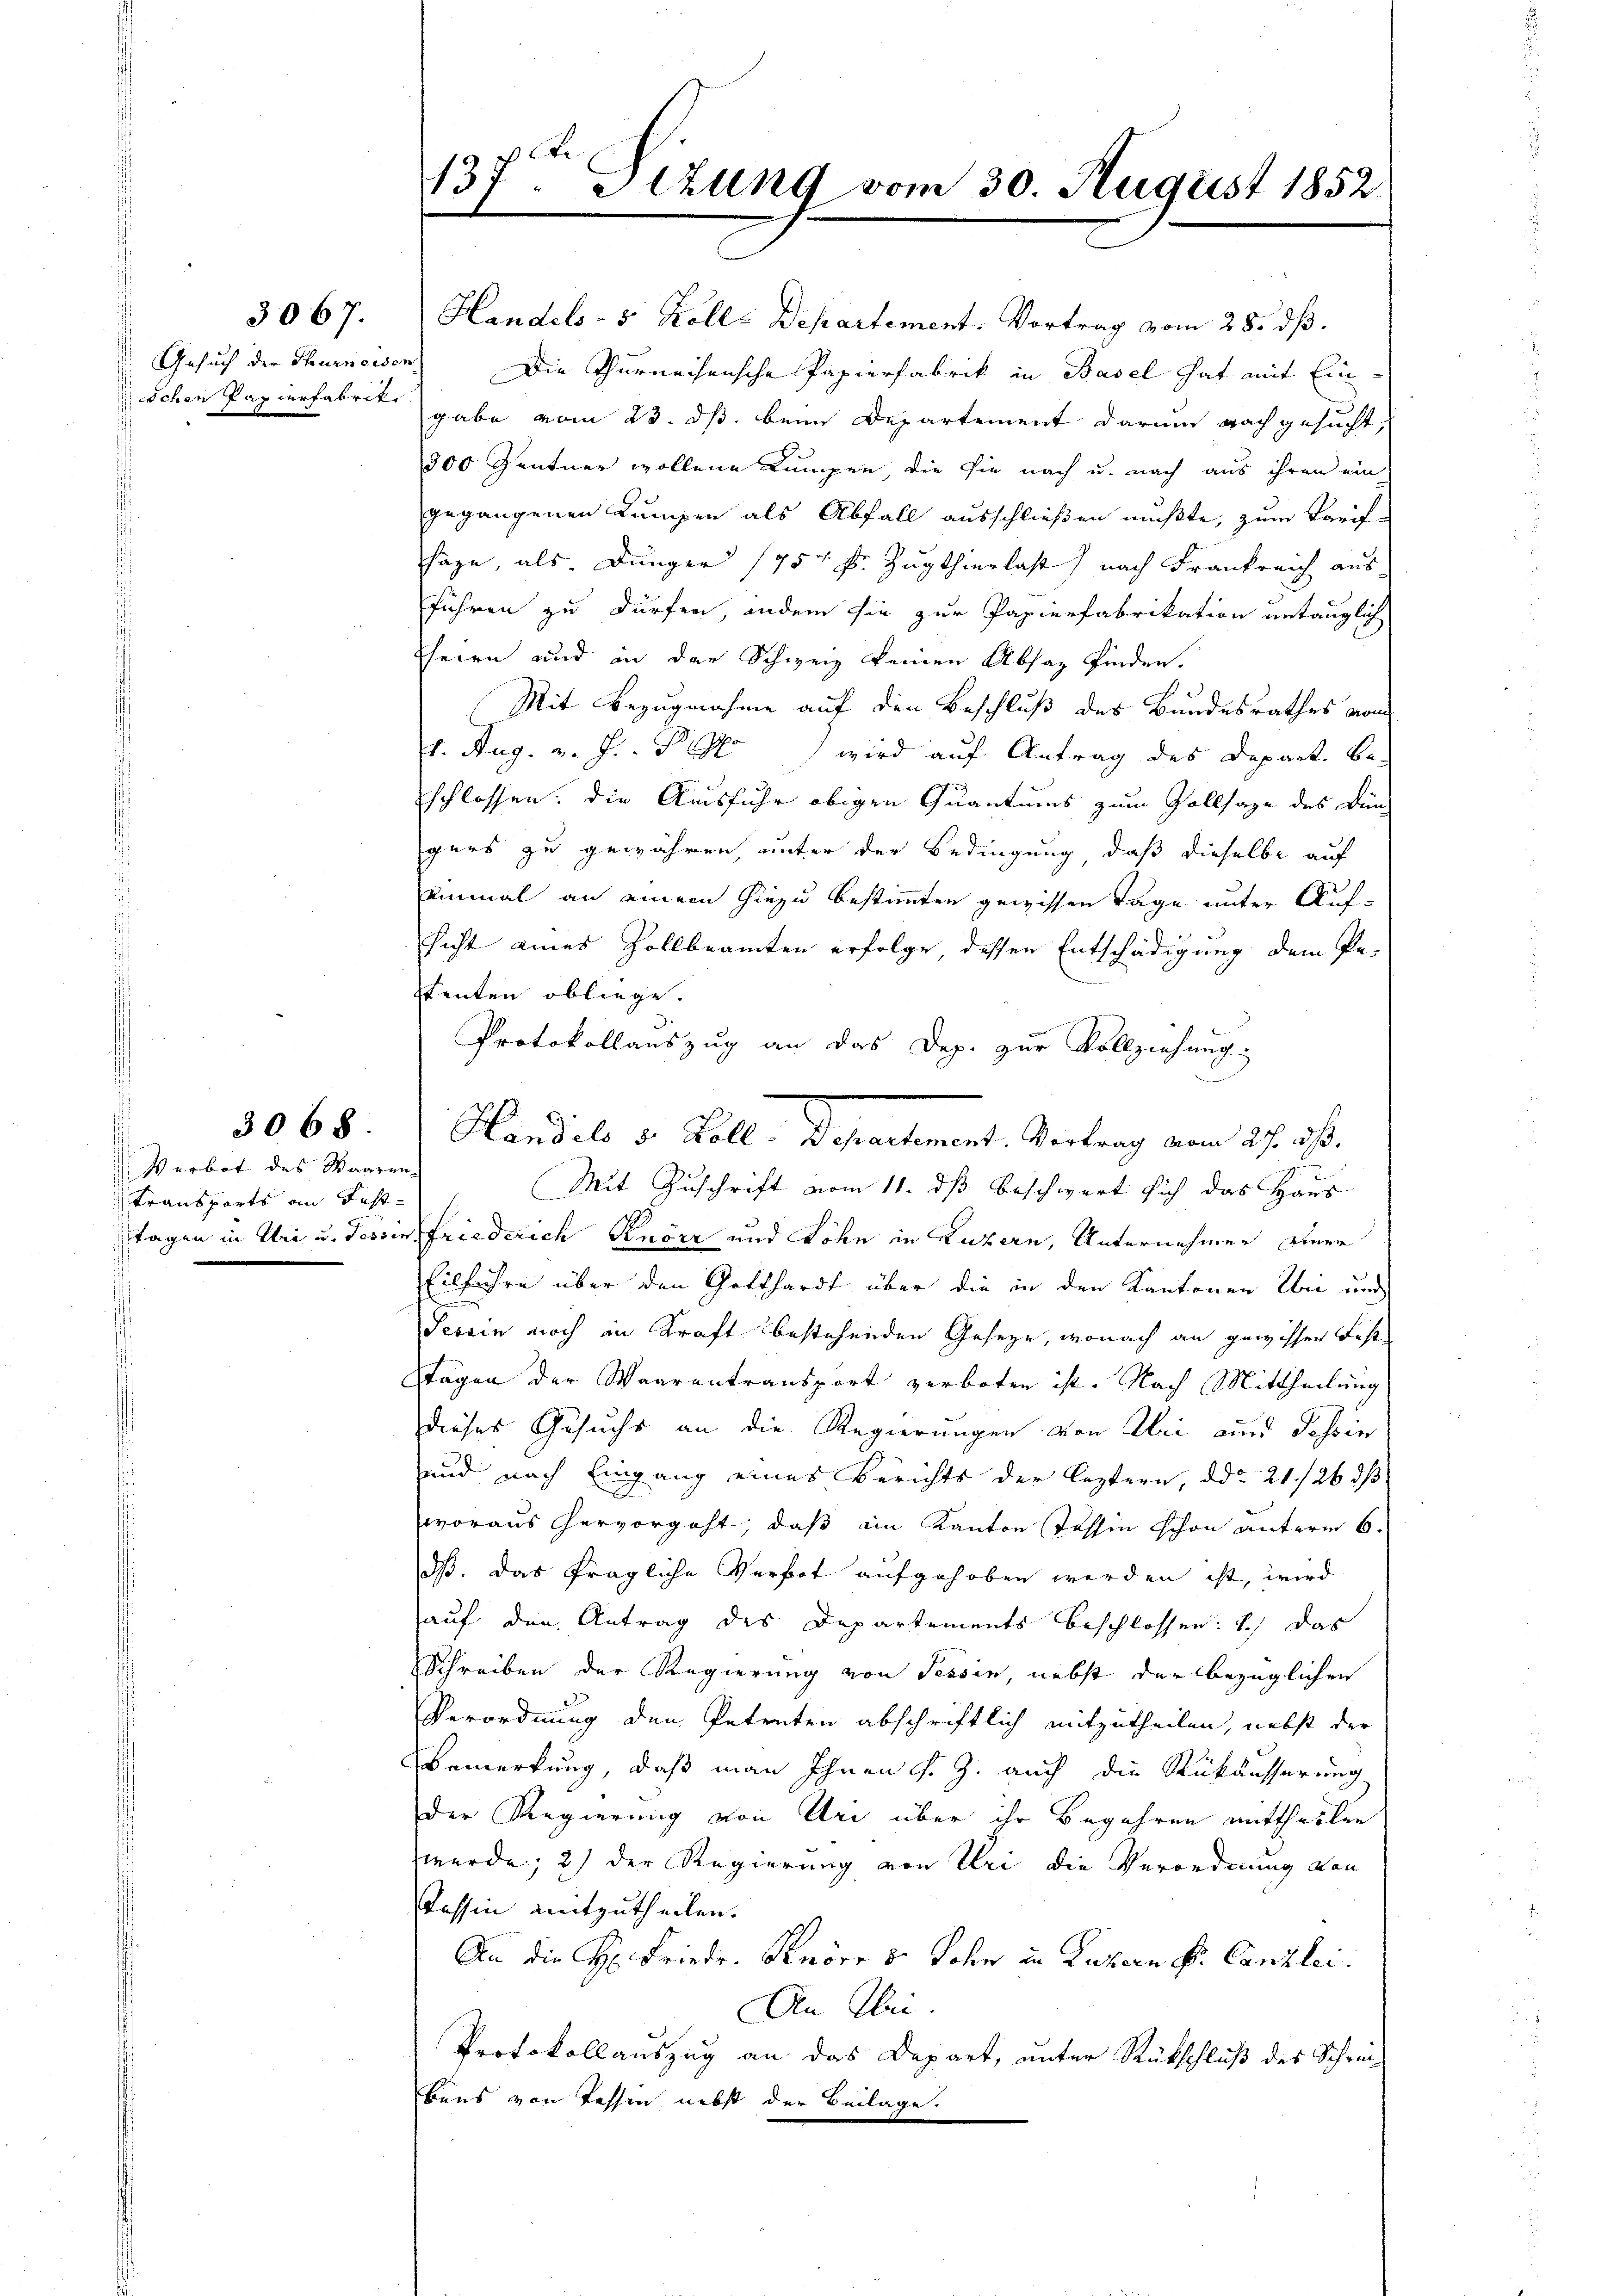
Gesuch der Thurneisen

3067.

3068.

Verbot des Waaren
Transports an Fast¬

137ten Situng vom 30. August 1852.

Handels- 5. Kolle Departement. Vortrag vom 28. dß.
Die Thurnechensche Papierfabrik in Basel hat mit Einschen Papierfabrik gabe vom 23. dß. beim Departement darum nach gesucht,
300 Zentner wollene Lumpen, die sie nach u. nach aus ihren ein
gegangenen Lumpen als Abfall ausschließen mußte, zum Tarif-
haze, als Jünger 1757 Fr. Zugthierlast nach Frankreich aus
führen zu dürfen, andern sie zur Papierfabrikation untauglich
heien und in der Schweiz keinen Absaz finden.

Mit Bezugnahme auf den Beschluß des Bandesrathes vom
1. Aug. v. J. P. M. wird auf Antrag des Depart. Be-
schlossen, die Ausfuhr obigen Quantums zum Gollsage des Ding
gers zu gewähren, unter der Bedingung, daß dieselbe auf
einmal an einem hiezu bestimmten gewissen Tage unter Aufsicht eines Zollbeamten erfolge dessen Entschädigung dem Pe-
Itenten obliege.
Protokollauszug an das Dep. zur Vollziehung.
Mit Zuschrift vom 11. ds beschwert sich das Haus
Tagen in Uri u. Tessin Friederich Knörz und Lohn in Luzern, Unternehmen einer
Eilfahre über den Gotthardt über die in den Kantonen bei und
Tessin noch in Kraft bestehenden Geseze, wonach an gewissen Fest
Stägen der Waarentransport verboten ist. Nach Mittheilung
dieses Gesuchs an die Regierungen von Uri und Johsin
und nach Eingang eines Berichts der leztern, ddo 21/26 d
woraus hervorgeht, daß im Kanton Tessin schon unterm 6.
dß. Das fragliche Verbot aufgehoben werden ist, wird
auf den Antrag des Departements beschlossen: 1.) Das
Schreiben der Regierung von Tessin, nebst der bezüglichen
Verordnung den Petenten abschriftlich mitzutheilen, nebst der
Bemerkung, daß man Ihnen s. Z. auch die Rükäusserung
der Regierung von Uri über ihr Begehren mittheilen
werde; 2) der Regierung von Uri die Verordnung von
Tessin mitzutheilen.
An die H. Friedr. Knöre s. Sohn in Luzern Fr. Canzlei.
An Klei
Protokollauszug an das Depart, unter Rückschluß des Schreibens von Tessin nebst der Beilage.

Handels 5. Koll. Departement, Vertrag vom 27. ds.